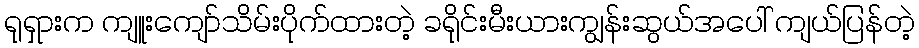
ရုရှားက ကျူးကျော်သိမ်းပိုက်ထားတဲ့ ခရိုင်းမီးယားကျွန်းဆွယ်အပေါ် ကျယ်ပြန်တဲ့